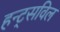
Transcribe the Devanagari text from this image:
हन्ट्सविल